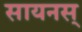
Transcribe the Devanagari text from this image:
सायनस्